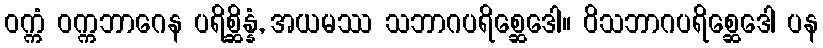
ဝက္ကံ ဝက္ကဘာဂေန ပရိစ္ဆိန္နံ, အယမဿ သဘာဂပရိစ္ဆေဒေါ။ ဝိသဘာဂပရိစ္ဆေဒေါ ပန